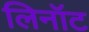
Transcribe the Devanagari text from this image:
लिनॉट